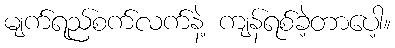
မျက်ရည်စက်လက်နဲ့ ကျန်ရစ်ခဲ့တာပေါ့။